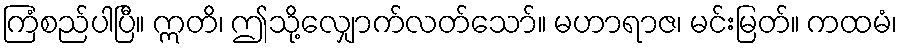
ကြံစည်ပါပြီ။ ဣတိ၊ ဤသို့လျှောက်လတ်သော်။ မဟာရာဇ၊ မင်းမြတ်။ ကထမံ၊